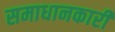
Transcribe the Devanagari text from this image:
समाधानकारी